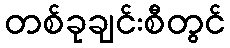
တစ်ခုချင်းစီတွင်